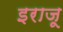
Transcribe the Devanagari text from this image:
इराजू